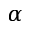
\alpha